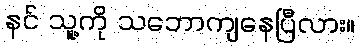
နင် သူ့ကို သဘောကျနေပြီလား။